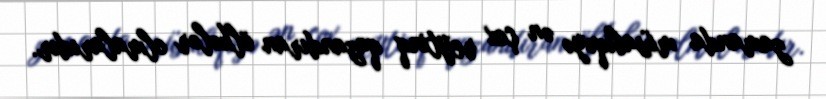
zamanda müsabiqəyə ən çox reytinq qazandıran ölkələr olmalarıdır.